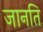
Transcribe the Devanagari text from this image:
जानति